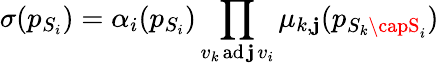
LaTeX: \sigma(p_{S_{i}})=\alpha_{i}(p_{S_{i}})\prod_{v_{k}\operatorname{ad\mathbf{j}}v_{i}}\mu_{k,\mathbf{j}}(p_{S_{k}\capS_{i}})